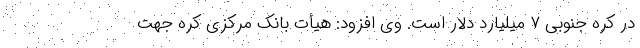
در کره جنوبی ۷ میلیارد دلار است. وی افزود: هیأت بانک مرکزی کره جهت